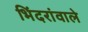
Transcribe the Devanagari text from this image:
भिंदरांवाले